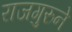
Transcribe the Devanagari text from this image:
राजगुरुने